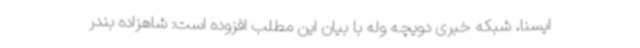
ایسنا، شبکه خبری دویچه وله با بیان این مطلب افزوده است: شاهزاده بندر